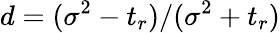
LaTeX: d=(\sigma^{2}-t_{r})/(\sigma^{2}+t_{r})